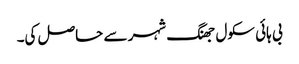
بی ہائی سکول جھنگ شہر سے حاصل کی۔